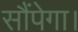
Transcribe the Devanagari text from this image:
सौंपेगा।